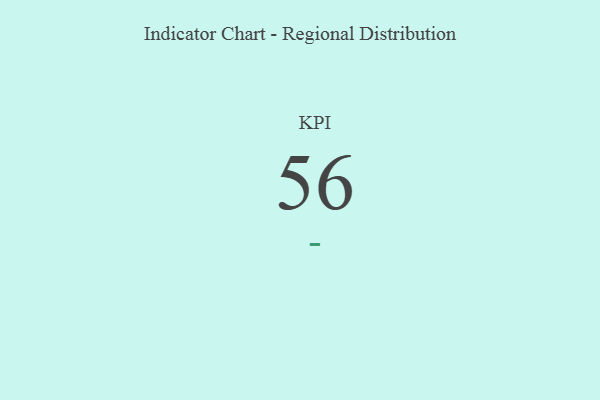
{"axis": {"x": "KPI", "y": "Value"}, "legend": [""], "data": [{"x": "KPI", "y": 56, "type": ""}]}